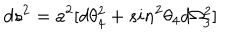
LaTeX: d s ^ { 2 } = a ^ { 2 } [ d \theta _ { 4 } ^ { 2 } + s i n ^ { 2 } \theta _ { 4 } d \Omega _ { 3 } ^ { 2 } ]